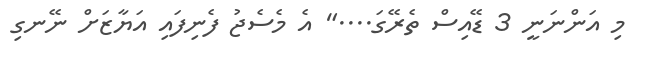
މި އަންނަނީ 3 ޑޭއިސް ތެރޭގަ...." އެ މެސެޖު ފެނިފައި އަޔާޒަށް ނޭނގި